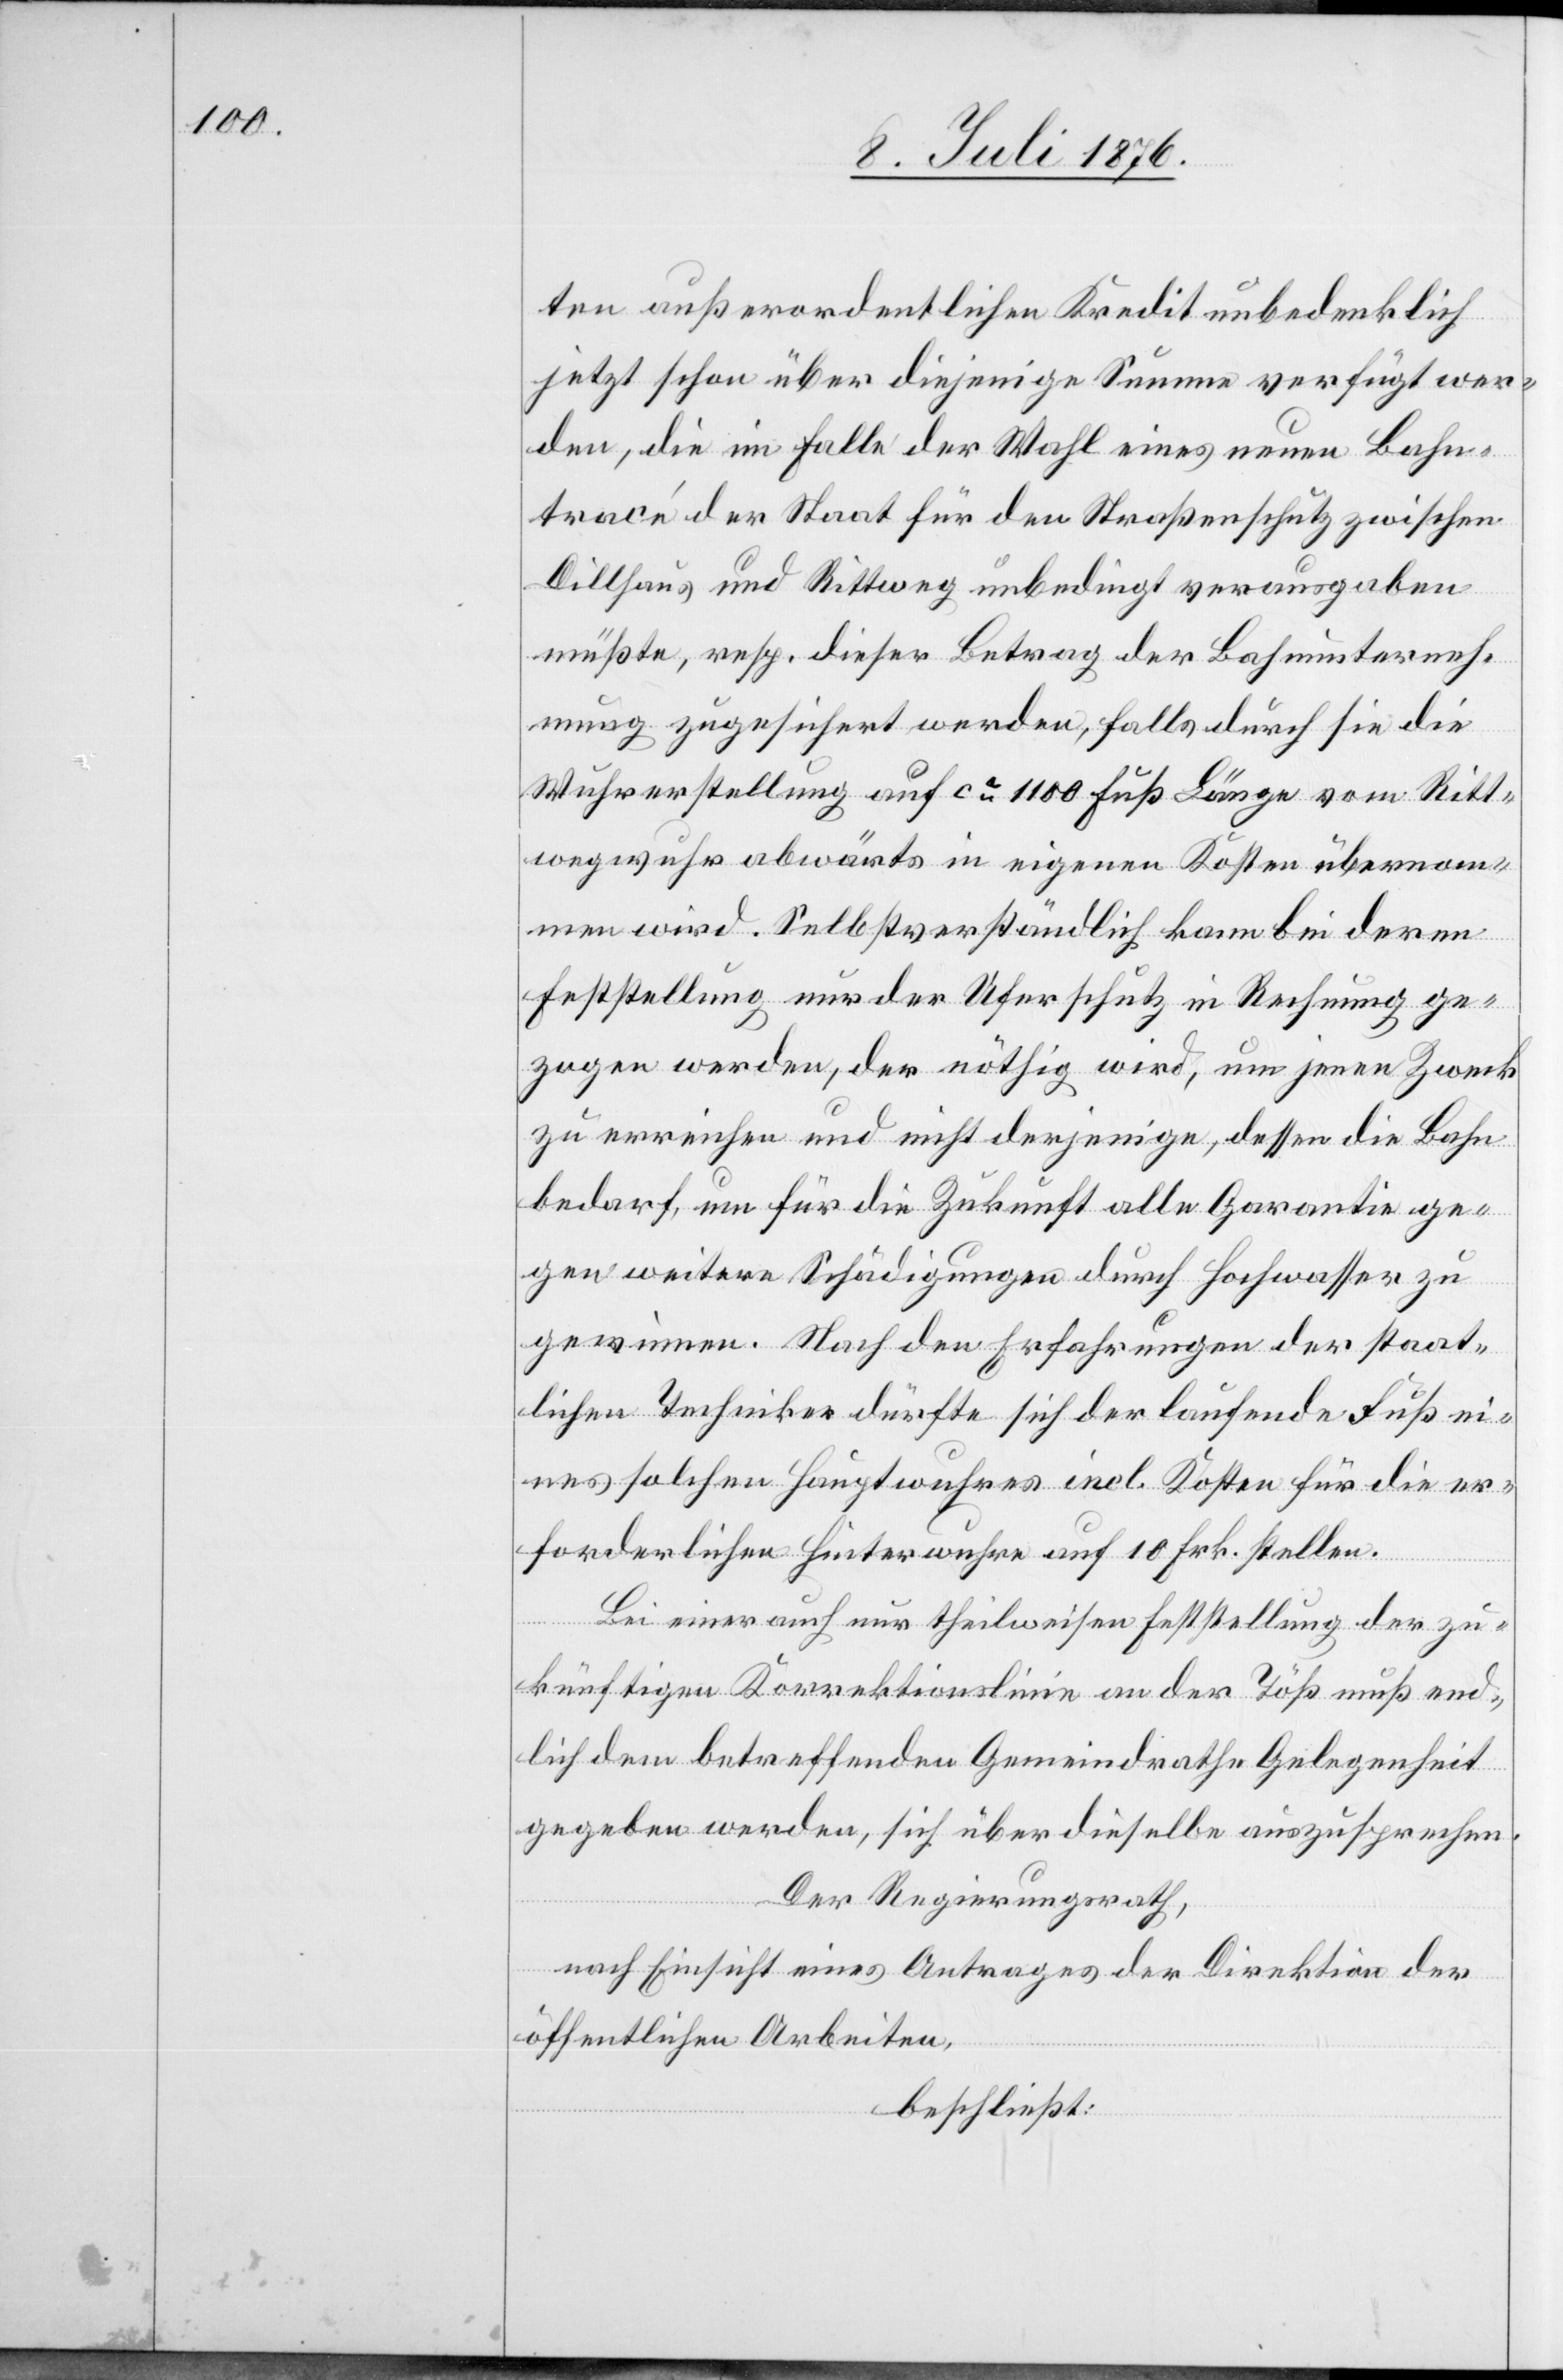
ten außerordentlichen Kredit unbedenklich
jetzt schon über diejenige Summe verfügt wer¬
den, die im Falle der Wahl eines neuen Bahn¬
tracé der Staat für den Straßenschutz zwischen
Dillhaus und Rittweg unbedingt verausgaben
müßte, resp. dieser Betrag der Bahnunterneh¬
mung zugesichert werden, falls durch sie die
Wuhrerstellung auf ca 1100 Fuß Länge vom Ritt¬
wegwuhr abwärts in eigenen Kosten übernom¬
men wird. Selbstverständlich kann bei deren
Feststellung nur der Uferschutz in Rechnung ge¬
zogen werden, der nöthig wird, um jenen Zweck
zu erreichen und nicht derjenige, dessen die Bahn
bedarf, um für die Zukunft alle Garantie ge¬
gen weitere Schädigungen durch Hochwasser zu
gewinnen. Nach den Erfahrungen der staat¬
lichen Techniker dürfte sich der Laufende Fuß ei¬
nes solchen Hauptwuhres incl. Kosten für die er¬
forderliche Hinterwuhre auf 10 Frk. stellen.
Bei einer auch nur theilweisen Feststellung der zu¬
künftigen Korrektionslinie an der Töß muß end¬
lich dem betreffenden Gemeindrathe Gelegenheit
gegeben werden, sich über dieselbe auszusprechen.
Der Regierungsrath,
nach Einsicht eines Antrages der Direktion der
öffentlichen Arbeiten,
beschließt: